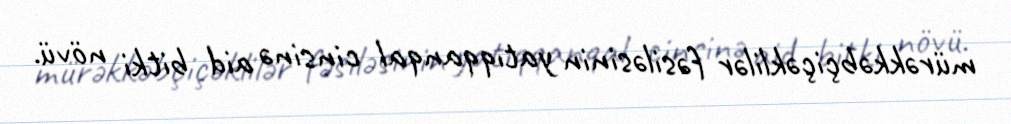
mürəkkəbçiçəklilər fəsiləsinin yatıqqanqal cinsinə aid bitki növü.